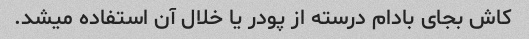
کاش بجای بادام درسته از پودر یا خلال آن استفاده میشد.